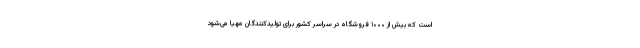
است که بیش از ۱۰۰۰ فروشگاه در سراسر کشور برای تولیدکنندگان مهیا می‌شود